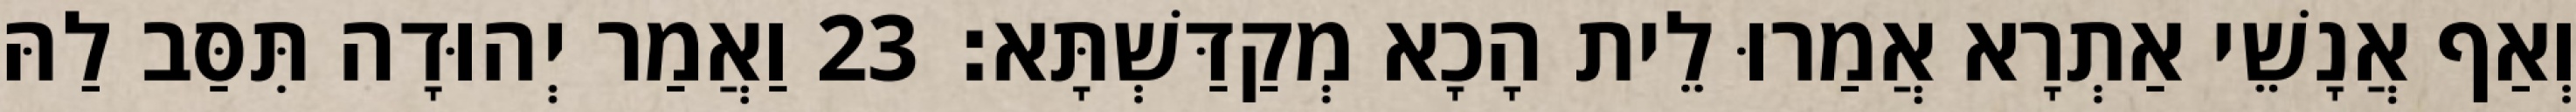
וְאַף אֲנָשֵׁי אַתְרָא אֲמַרוּ לֵית הָכָא מְקַדַּשְׁתָּא׃ 23 וַאֲמַר יְהוּדָה תִּסַּב לַהּ